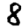
Digit: 8